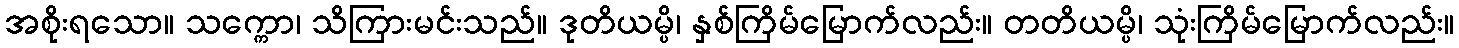
အစိုးရသော။ သက္ကော၊ သိကြားမင်းသည်။ ဒုတိယမ္ပိ၊ နှစ်ကြိမ်မြောက်လည်း။ တတိယမ္ပိ၊ သုံးကြိမ်မြောက်လည်း။